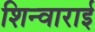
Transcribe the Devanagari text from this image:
शिन्वाराई